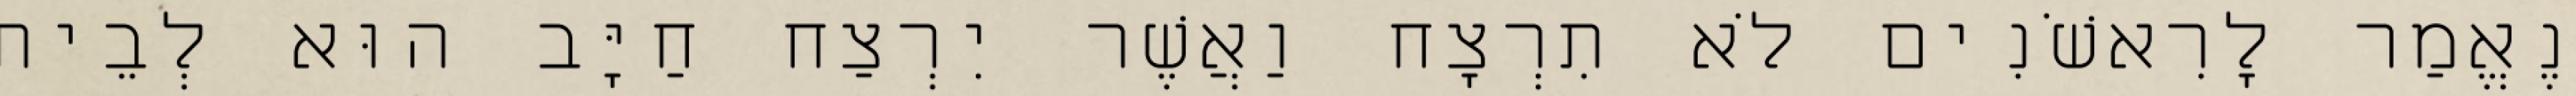
נֶאֱמַר לָרִאשֹׁנִים לֹא תִרְצָח וַאֲשֶׁר יִרְצַח חַיָּב הוּא לְבֵית